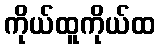
ကိုယ်ထူကိုယ်ထ